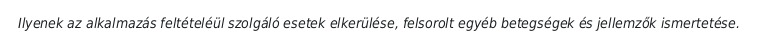
Ilyenek az alkalmazás feltételéül szolgáló esetek elkerülése, felsorolt egyéb betegségek és jellemzők ismertetése.